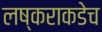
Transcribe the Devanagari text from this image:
लष्कराकडेच